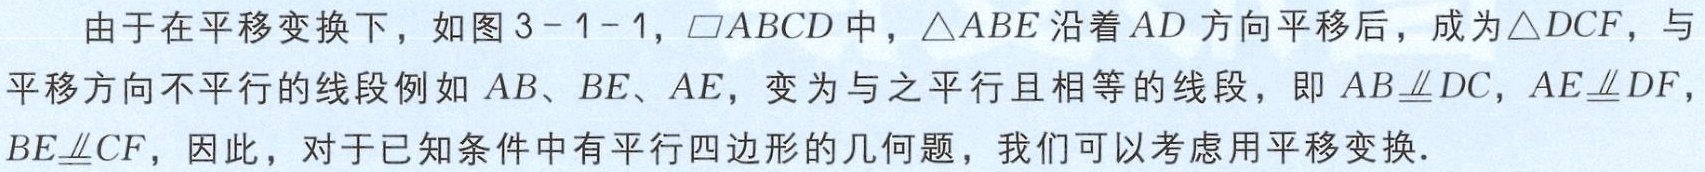
由于在平移变换下，如图3 - 1 - 1，$\square ABCD$中，$\triangle ABE$沿着$AD$方向平移后，成为$\triangle DCF$，与平移方向不平行的线段例如$AB$、$BE$、$AE$，变为与之平行且相等的线段，即$AB\underline{\underline{\parallel}}DC$，$AE\underline{\underline{\parallel}}DF$，$BE\underline{\underline{\parallel}}CF$，因此，对于已知条件中有平行四边形的几何题，我们可以考虑用平移变换.